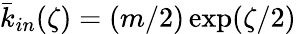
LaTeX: \bar{k}_{in}(\zeta)=(m/2)\exp(\zeta/2)